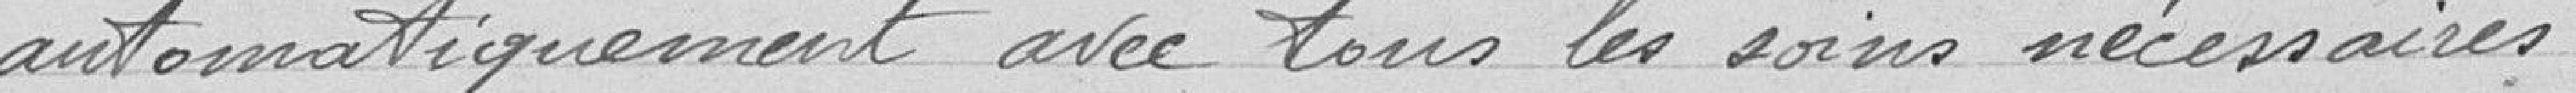
automatiquement avec tous les soins nécessaires